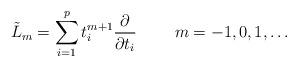
LaTeX: \begin{align*}\tilde L_m= \sum_{i=1}^p t_i^{m+1}\frac{\partial}{\partial t_i} \qquad\ m=-1, 0, 1,\ldots \end{align*}